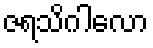
ဇရသိဂါလော